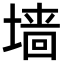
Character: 墙